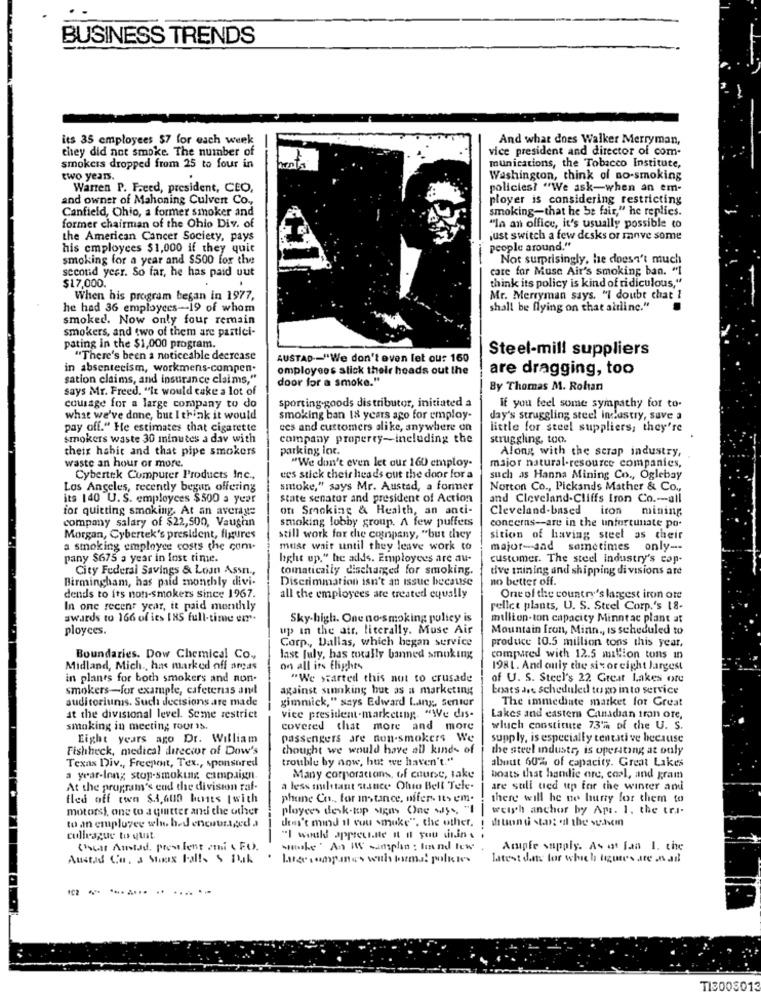
BUSINESS TRENDS
its 35 employees $7 for each week
And what does Walker Merryman,
they did not smoke The number of
vice president and director of com-
smokers dropped from 25 to four in
munications, the Tobacco Institute,
two years.
Washington, think of no-smoking
Warren P. Freed, president, CEO,
policiesi "We ask-when an em-
and owner of Mahoning Culvert Co .,
ployer is considering restricting
Canfield, Ohio, a former smoker and
smoking-that he be fair," he replies.
former chairman of the Ohio Div. of
"In an office, it's usually possible to
the American Cancer Society, pays
just switch a few desks or move some
his employees $1,000 if they quic
people around."
smoking for a year and $500 for the
-
Not surprisingly, he doesn't much
second yesr. So far, he has paid uut
care for Muse Air's smoking ban. "I
$17,000.
think its policy is kind of ridiculous,"
When his program began in 1977,
Mr. Merryman says, "I doubt chat 1
he had 36 employees-19 of whom
shall be flying on that altlinc."
smoked. Now only four remain
smokers, and two of them are partici-
pating in the $1,000 program.
Steel-mill suppliers
"There's been a noticeable decrease
AUSTAD -- "We don't even let ou: 160
in absenteeism, workmens-compen.
omployees stick their heads out the
are dragging, too
sation claims, and insurance claims,"
door for a smoke."
says Mr. Freed. "It would cake a lot of
By Thomas M. Rohan
sporting goods distributor, initiated a
courage for a large company to do
If you feel some sympathy for to.
what we've done, but I think it would
smoking ban 18 years ago for employ-
day's struggling steel industry, save a
pay off." He estimates that cigarette
ecs and customers alike, anywhere on
little for steel suppliers; they're
smokers waste 30 minutes a day with
company property-including the
struggling, too.
their habit and that pipe smokers
parking lot.
Along with the scrap industry,
"We don't even let our 160 employ-
waste an hour or more.
major natural-resource companies,
Cybertek Computer Products Inc .,
ees stick their heads out the door for a
such as Hanna Mining Co ., Oglebay
Los Angeles, recently begun offering
smoke," says Mr. Austad, a former
Norton Co ., Pickands Mather & Co .,
its 140 U. S. employees $500 a year
state senator and president of Action
and Cleveland-Cliffs Iron Co .- all
for quitting smoking. At an average
of Smoking & Health, an anti-
Cleveland-based iron mining
company salary of $22,500, Vaughn
smoking lobby group. A few puffers
concerns -- are in the unfortunate po-
Morgan, Cybertek's president, figures
still work for the company, "but they
sition of having steel as their
a smoking employee costs the com-
muse wait until they leave work to
major-sad sometimes only --
pany $675 a year in lost tinie.
light up." he adds. Employees are au-
customer. The steel industry's cop-
City Federal Savings & Loan Assn .,
tomatically discharged for smoking.
dve mining and shipping di visions are
Birmingham, has paid monthly divi-
Discrimmation isn't an issue because
no better off.
dends to its non-smokers since 1967.
all the employees are treated equally
One of the country's largest iron ote
In one recent year, it paid monthly
pellet plants, U. S. Steel Corp.'s 18.
awards to 166 of ics 185 full-time eir-
Sky-high. One no-smoking policy is
million-ton capacity Minntac plant at
ployces.
up in the air. literally. Muse Air
Mountain Iron, Minn ., Is scheduled to
Corp ., Dallas, which hegan service
produce 10.5 million tons this year,
Boundaries. Dow Chemical Co .,
last july, has totally banned smoking
compared with 12.5 million tons in
Midland, Mich ., has marked off areas
on all its flights
1981. And carly the six or eight largest
in plants for both smokers and non-
"We started this not to crusade
of U. S. Steel's 22 Great Lakes ore
smokers-for example, cafeterias and
against sinnking but as a marketing
boats aos scheduled to go into service
auditoriumis. Such decisions are made
gimmick," says Edward Ling, senter
The immediate market for Great
at the divisional level. Seme restrict
vice president-marketing. "We dis-
Lakes and eastern Canadian iran ore,
smoking in meeting rour is.
covered that more and more
which constitute 73'% of the U. S.
Eight years ago Dr. William
passengers are non-smokers We
supply, is especially tentative because
Fishheck, medical director of Dow's
thought we would have all kinds of
the steel industr, is operating at only
Texas Div ., Freepenit, Tex ., sponsored
trouble by now, but we haven't."
about 60% of capacity. Great Lakes
a year-Inng stop-smoking campaign
Many corporations, of course, take
boats that handie ore, carl, and gram
At the program's end the division raf-
a less militant stance. Ohro Bell Tele.
are still ued up for the winter and
fled off twa $3,600 hunts [with
phune Co ., for instance, uffer- its em.
there will he ne hurry for them to
motorsi, one to a gitter andi the other
ployces desk-top sigas One May ., "I
welsch anchor by Aps. 1. the tri-
to an employee wh hed encouraged a
don't mind Il vou smuke", the other.
culleague to quit.
"I would appreciate it Il you uitin s
Chouat Aitad, president ami ( FO).
smoke An IS cumplan : hand low
Ampfe supply. As at faa 1. the
Austad Co. a Stack Falls & Bak
Luge campanas with forms! polues
latest dans for which figures are na
102
TI3003013